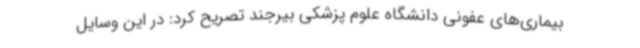
بیماری‌های عفونی دانشگاه علوم پزشکی بیرجند تصریح کرد: در این وسایل